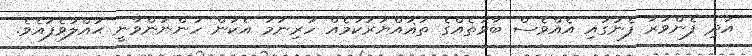
އަދި ފެންވަރާ ފެނުގައި އެއްވެސް ބާވަތެއްގެ ތަޣައްޔަރުކަމެއް ހުރިނަމަ އެކަން ހުންނަންވާނީ ޙައްލުވެފައެވެ.